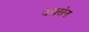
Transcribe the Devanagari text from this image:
उससेन